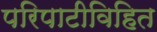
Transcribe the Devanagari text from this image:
परिपाटीविहित